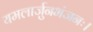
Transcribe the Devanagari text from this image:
यमलार्जुनभंजनः।